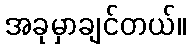
အခုမှာချင်တယ်။